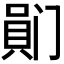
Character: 𪡯